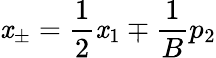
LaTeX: \mathit{x}_{\pm}=\frac{{1}}{{2}}\mathit{x}_{1}\mp\frac{{1}}{{B}}p_{2}